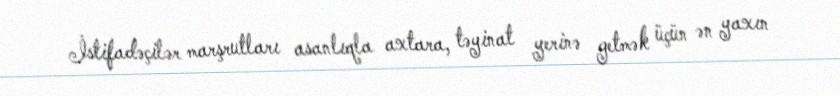
İstifadəçilər marşrutları asanlıqla axtara, təyinat yerinə getmək üçün ən yaxın